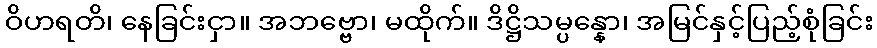
ဝိဟရတိ၊ နေခြင်းငှာ။ အဘဗ္ဗော၊ မထိုက်။ ဒိဋ္ဌိသမ္ပန္နော၊ အမြင်နှင့်ပြည့်စုံခြင်း